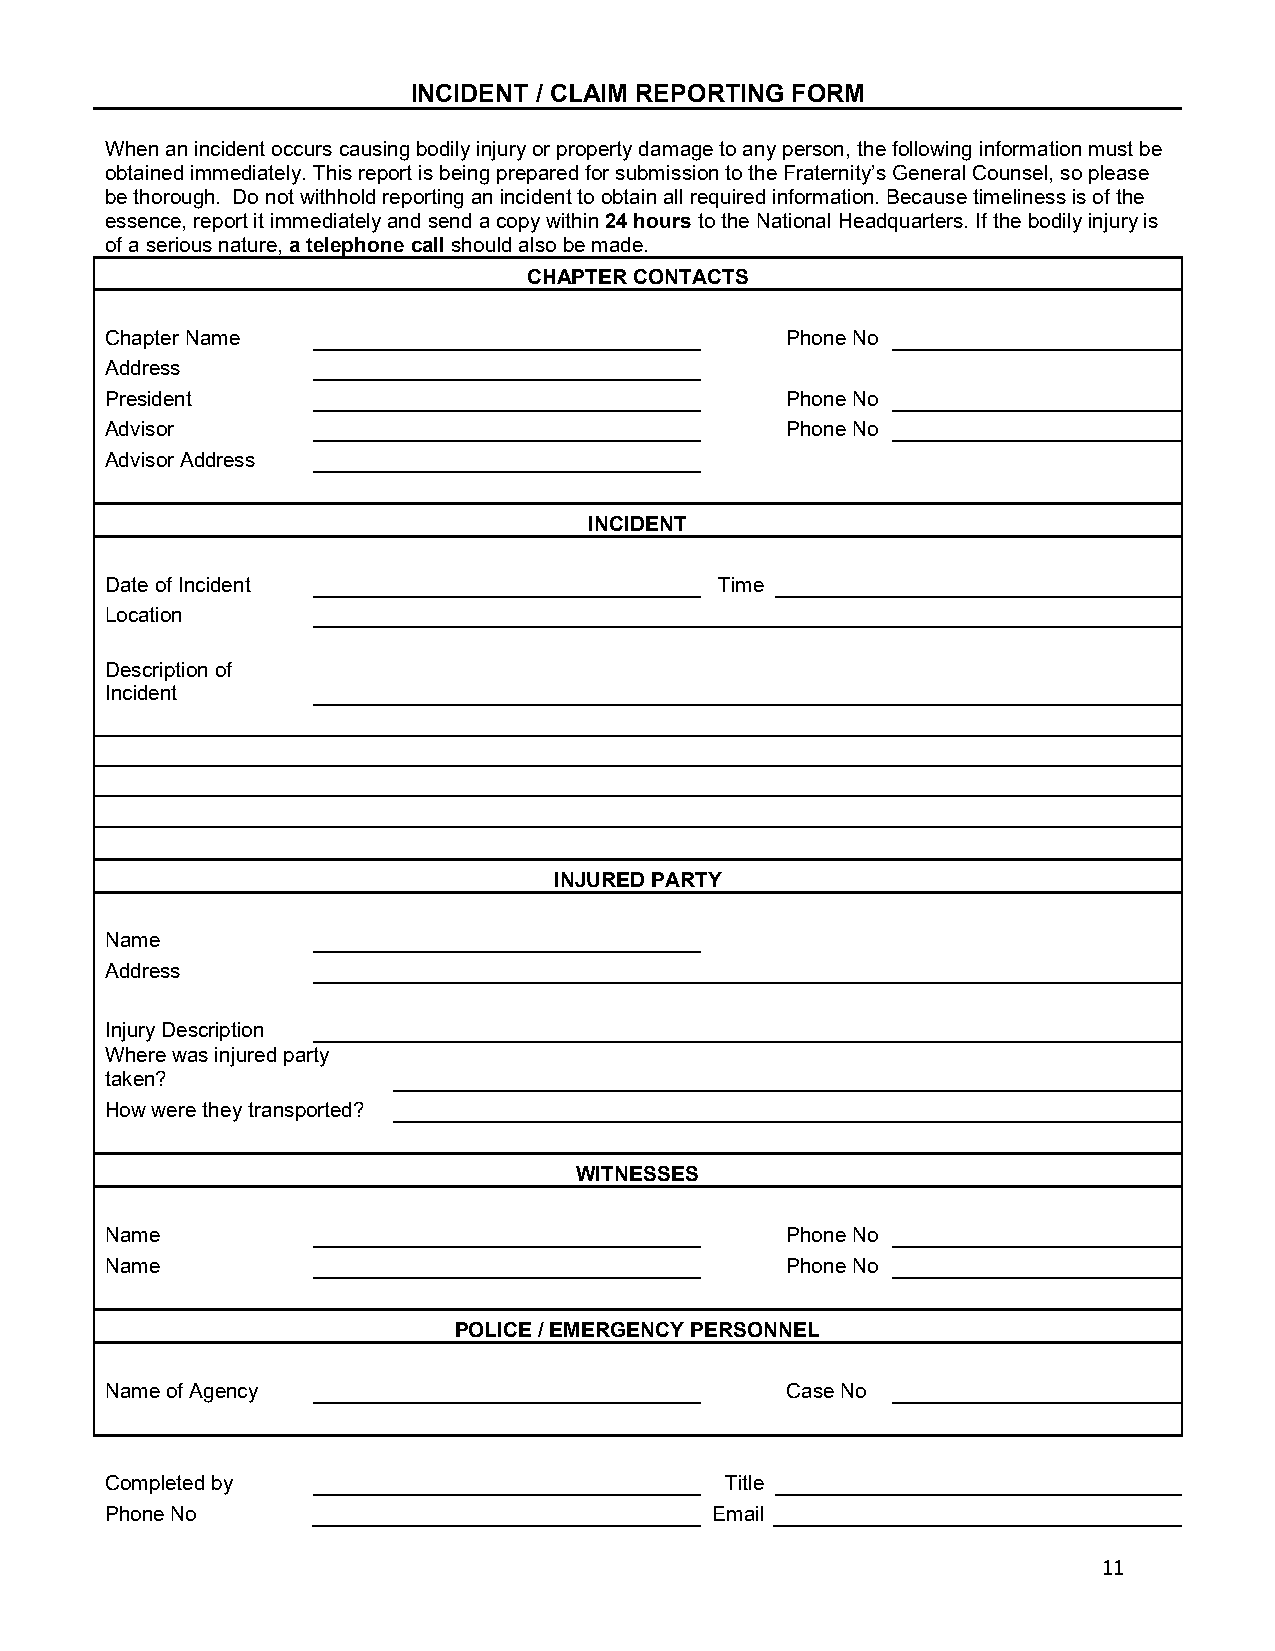
INCIDENT / CLAIM REPORTING FORM
 When an incident occurs causing bodily injury or property damage to any person, the following information must be
 obtained immediately. This report is being prepared for submission to the Fraternity’s General Counsel, so please
 be thorough. Do not withhold reporting an incident to obtain all required information. Because timeliness is of the
 essence, report it immediately and send a copy within 24 hours to the National Headquarters. If the bodily injury is
 of a serious nature, a telephone call should also be made.
 CHAPTER CONTACTS
 Chapter Name                                 Phone No
 Address
 President                                    Phone No
 Advisor                                      Phone No
 Advisor Address
 INCIDENT
 Date of Incident                         Time
 Location
 Description of
 Incident
 INJURED PARTY
 Name
 Address
 Injury Description
 Where was injured party
 taken?
 How were they transported?
 WITNESSES
 Name                                         Phone No
 Name                                         Phone No
 POLICE / EMERGENCY PERSONNEL
 Name of Agency                               Case No
 Completed by                             Title
 Phone No                                Email
 11